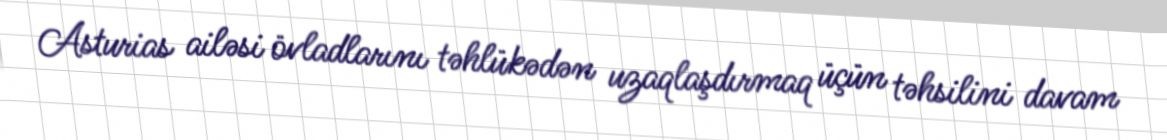
Asturias ailəsi övladlarını təhlükədən uzaqlaşdırmaq üçün təhsilini davam